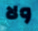
ولا